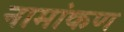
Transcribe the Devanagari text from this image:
नामांकण